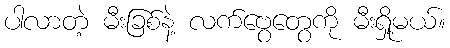
ပါလာတဲ့ မီးခြစ်နဲ့ လက်ဗွေတွေကို မီးရှို့မယ်။